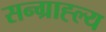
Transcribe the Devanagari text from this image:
सन्ग्राह्ल्य